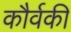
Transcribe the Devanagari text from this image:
कौर्वकी